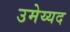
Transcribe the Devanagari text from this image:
उमेय्यद